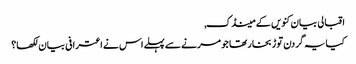
اقبالی بیان کنویں کے مینڈک,
کیا یہ گردن توڑ بخار تھا جو مرنے سے پہلے اس نے اعترافی بیان لکھا؟